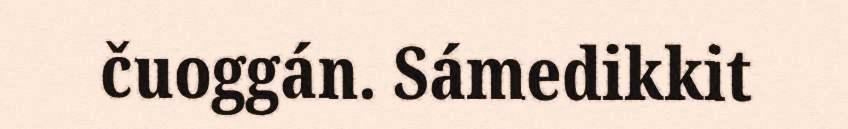
čuoggán. Sámedikkit